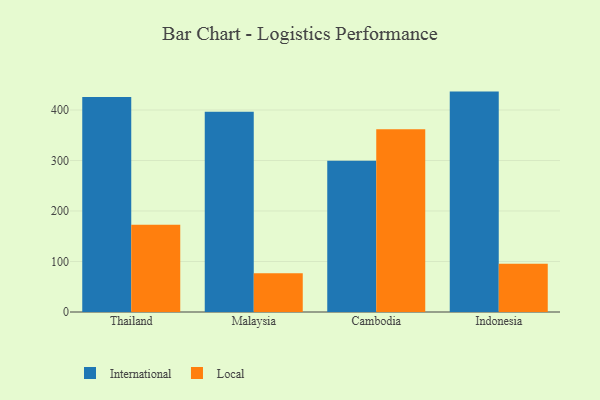
{"axis": {"x": "Country", "y": "LTV (USD)"}, "legend": ["International", "Local"], "data": [{"x": "Thailand", "y": 425.8, "type": "International"}, {"x": "Thailand", "y": 172.6, "type": "Local"}, {"x": "Malaysia", "y": 396.7, "type": "International"}, {"x": "Malaysia", "y": 76.5, "type": "Local"}, {"x": "Cambodia", "y": 299.7, "type": "International"}, {"x": "Cambodia", "y": 362.0, "type": "Local"}, {"x": "Indonesia", "y": 436.5, "type": "International"}, {"x": "Indonesia", "y": 95.4, "type": "Local"}]}